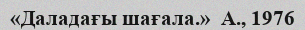
«Даладағы шағала.»  А., 1976